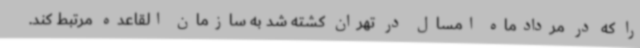
را که در مردادماه امسال در تهران کشته شد به سازمان القاعده مرتبط کند.